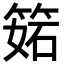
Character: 𥯉